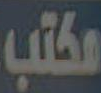
مكتب